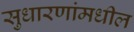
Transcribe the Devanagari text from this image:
सुधारणांमधील